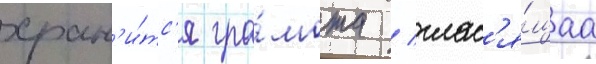
хран'и́тс'я гра́мота / глас'я́щаа